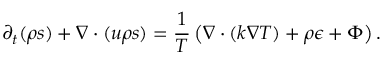
\partial _ { t } ( \rho s ) + \ensuremath { \nabla } \cdot ( \ensuremath { \boldsymbol } { u } \rho s ) = \frac { 1 } { T } \left( \ensuremath { \nabla } \cdot ( k \ensuremath { \nabla } T ) + \rho \epsilon + \Phi \right) .